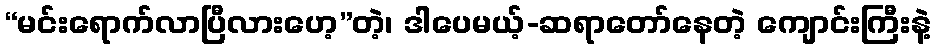
“မင်းရောက်လာပြီလားဟေ့”တဲ့၊ ဒါပေမယ့်-ဆရာတော်နေတဲ့ ကျောင်းကြီးနဲ့